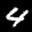
Label: 4